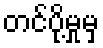
တင်ပို့မှုမှ